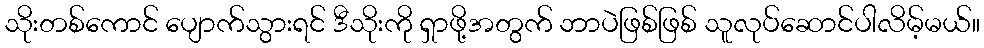
သိုးတစ်ကောင် ပျောက်သွားရင် ဒီသိုးကို ရှာဖို့အတွက် ဘာပဲဖြစ်ဖြစ် သူလုပ်ဆောင်ပါလိမ့်မယ်။